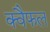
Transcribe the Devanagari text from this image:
क्वैफल